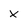
Character: x